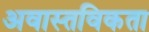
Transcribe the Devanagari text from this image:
अवास्तविकता